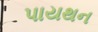
પાયથન